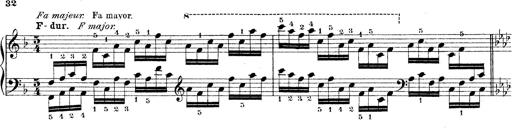
Title: Technische Studien
Composer: Franz Liszt